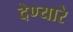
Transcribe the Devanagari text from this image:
देण्यारे